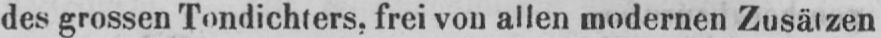
des grossen Tondichters, frei von allen modernen Zusätzen